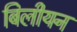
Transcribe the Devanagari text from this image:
बिलीयन